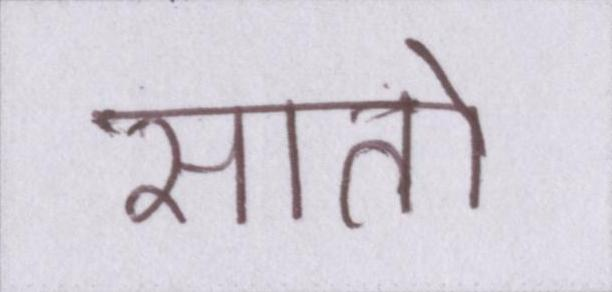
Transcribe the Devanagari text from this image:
सातो